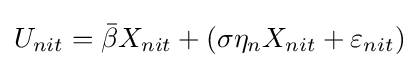
U_{nit}={\bar {\beta }}X_{nit}+(\sigma \eta _{n}X_{nit}+\varepsilon _{nit})